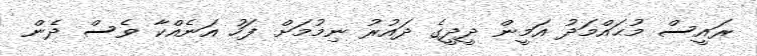
ރައީސް މުޙައްމަދު އަމީން ދީދީގެ ދައުރު ނިމުމަށް ފަހު އަނެއްކާ ވެސް ދެން